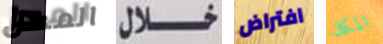
المحل خلال افتراض المكان